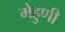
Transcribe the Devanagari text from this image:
मेहुणी